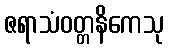
ဇရာသံဝတ္တနိကေသု